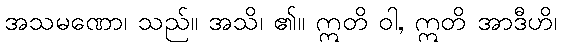
အသမဏော၊ သည်။ အသိ၊ ၏။ ဣတိ ဝါ, ဣတိ အာဒီဟိ၊